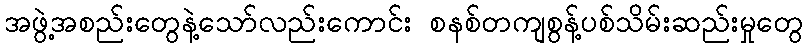
အဖွဲ့အစည်းတွေနဲ့သော်လည်းကောင်း စနစ်တကျစွန့်ပစ်သိမ်းဆည်းမှုတွေ